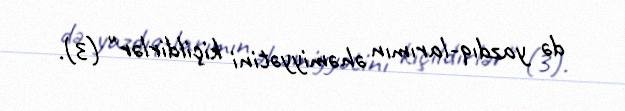
də yazdıq-larımın əhəmiyyətini kiçildirlər" (3).